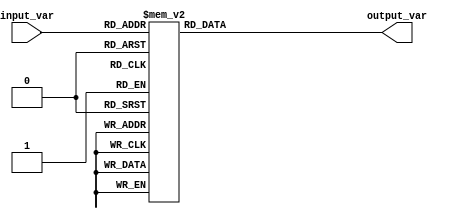
module case_generator(
    input [2:0] input_var,
    output reg [3:0] output_var
);

always @(*) begin
    case(input_var)
        3'b000: output_var <= 4'b0000;
        3'b001: output_var <= 4'b0001;
        3'b010: output_var <= 4'b0010;
        3'b011: output_var <= 4'b0011;
        3'b100: output_var <= 4'b0100;
        3'b101: output_var <= 4'b0101;
        3'b110: output_var <= 4'b0110;
        3'b111: output_var <= 4'b0111;
    endcase
end

endmodule